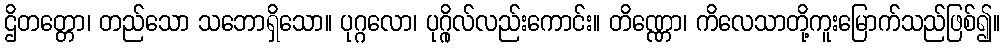
ဌိတတ္တော၊ တည်သော သဘောရှိသော။ ပုဂ္ဂလော၊ ပုဂ္ဂိုလ်လည်းကောင်း။ တိဏ္ဏော၊ ကိလေသာတို့ကူးမြောက်သည်ဖြစ်၍။